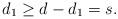
LaTeX: \begin{align*}d_1 \ge d - d_1 = s. \end{align*}